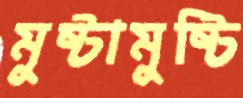
মুষ্টামুষ্টি